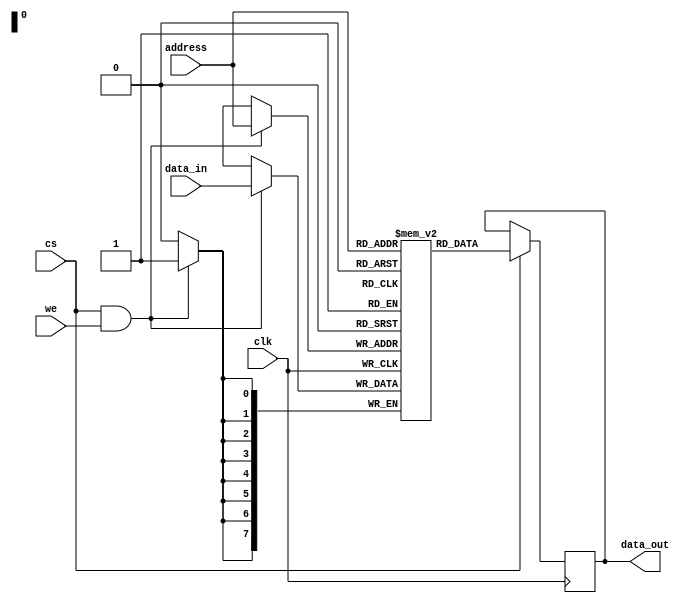
module generic_sync_mem(
	clk,
	address,
	data_in,
	data_out,
	cs,
	we
);
// ----------------- params ---------------
parameter DATA_WIDTH = 8;
parameter ADDR_WIDTH = 8;
parameter RAM_DEPTH = 1 << ADDR_WIDTH;

// ----------------- i/o ----------------
input clk;
input [ADDR_WIDTH-1:0] address;
input [DATA_WIDTH-1:0] data_in;
input cs;
input we;
output reg [DATA_WIDTH-1:0] data_out;


// ---------- internal variables ----------
reg [DATA_WIDTH-1:0] mem [0:RAM_DEPTH-1];
// ----------------- code -----------------

integer i;
initial begin
    for (i = 0; i < 2**ADDR_WIDTH; i = i + 1) begin
        mem[i] = 0;
    end
end

// writing
always @ (posedge clk)
begin: MEM_WRITE
	if (cs && we) begin
		mem[address] <= data_in;
	end
end

// reading
always @ (posedge clk)
begin: MEM_READ
	if (cs) begin
		data_out <= mem[address];
	end
end

endmodule